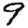
Digit: 9